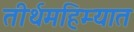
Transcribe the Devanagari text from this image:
तीर्थमहिम्यात